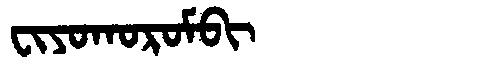
Manchu: ᠸᡳᠶᠣᡴᠣᡵᠣᠮᠪᡳ
Romanization: FIYOKOROMBI